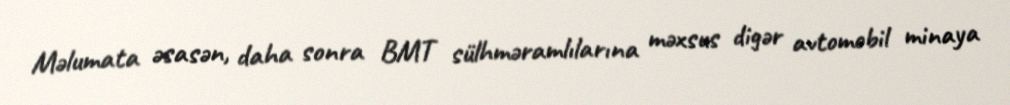
Məlumata əsasən, daha sonra BMT sülhməramlılarına məxsus digər avtomobil minaya